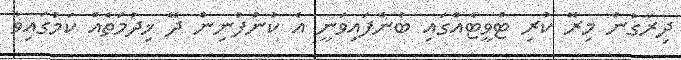
ދިރާގުން މިރޭ ކުރި ޓްވީޓެއްގައި ބުނެފައިވަނީ އެ ކުންފުނިން ދޭ ޚިދުމަތެއް ކަމުގައިވާ